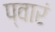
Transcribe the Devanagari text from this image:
प्वारं